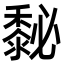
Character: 𪏺